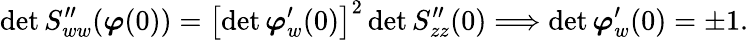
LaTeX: \operatorname*{det}S_{ww}^{\prime\prime}({\boldsymbol{\varphi}}(0))=\left[\operatorname*{det}{\boldsymbol{\varphi}}_{w}^{\prime}(0)\right]^{2}\operatorname*{det}S_{zz}^{\prime\prime}(0)\Longrightarrow\operatorname*{det}{\boldsymbol{\varphi}}_{w}^{\prime}(0)=\pm 1.